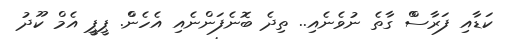
ކަޑާއިި ފަރާސްް ގާތެެ ނުވެނެއިި.. ތިދެެ ބޮނެފަންނެއިި އެހެންް. ޕީޕީީ އެމްް ކޫދުު